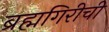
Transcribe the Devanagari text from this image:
ब्रह्मगिरीची